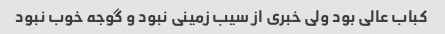
کباب عالی بود ولی خبری از سیب زمینی نبود و گوجه خوب نبود